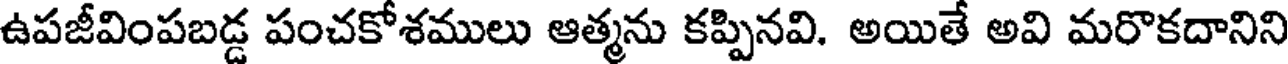
ఉపజీవింపబడ్డ పంచకోశములు ఆత్మను కప్పినవి. అయితే అవి మరొకదానిని